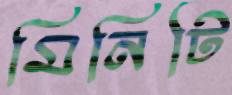
মিনিটি